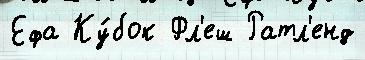
Ефа Ку́бок Фл'еш Ратл'енд